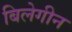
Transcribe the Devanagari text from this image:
बिलेगीन